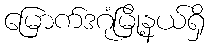
မြောက်ဒဂုံမြို့နယ်ရှိ